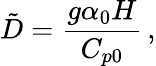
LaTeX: \tilde{D}=\frac{g\alpha_{0}H}{C_{p0}}\, ,